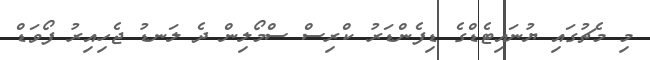
މި މެޗުގައި ޔުނައިޓެޑްގެ ޑިފެންޑަރު ކްރިސް ސްމޯލިން ދެ ލަނޑު ޖެހިއިރު ފޯވަޑް